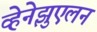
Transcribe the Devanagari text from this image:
व्हेनेझुएलन